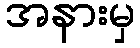
အနားမှ